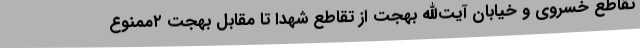
تقاطع خسروی و خیابان آیت‌الله بهجت از تقاطع شهدا تا مقابل بهجت ۲ممنوع